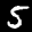
Label: 5